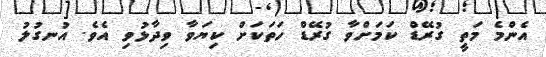
އެންމެ މަތީ ގުރޭޑް ކަމަށްވާ ގުރޭޑް ހަތަކަށް ކިޔަވާ ވިދާޅުވި އެވެ. އުނގުލު